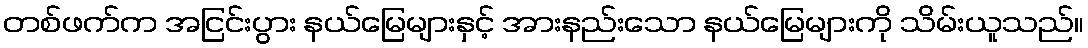
တစ်ဖက်က အငြင်းပွား နယ်မြေများနှင့် အားနည်းသော နယ်မြေများကို သိမ်းယူသည်။